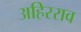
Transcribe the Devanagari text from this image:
अहिरराव